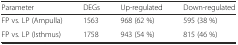
<table><thead><tr><td><b>Parameter</b></td><td><b>DEGs</b></td><td><b>Up-regulated</b></td><td><b>Down-regulated</b></td></tr></thead><tbody><tr><td>FP vs. LP (Ampulla)</td><td>1563</td><td>968 (62 %)</td><td>595 (38 %)</td></tr><tr><td>FP vs. LP (Isthmus)</td><td>1758</td><td>943 (54 %)</td><td>815 (46 %)</td></tr></tbody></table>